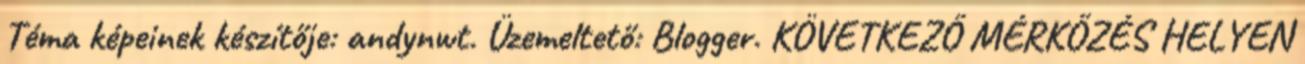
Téma képeinek készítője: andynwt. Üzemeltető: Blogger. KÖVETKEZŐ MÉRKŐZÉS HELYEN